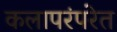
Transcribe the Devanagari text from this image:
कलापरंपरेत